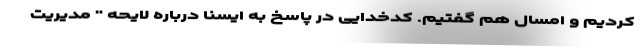
کردیم و امسال هم گفتیم. کدخدایی در پاسخ به ایسنا درباره لایحه " مدیریت